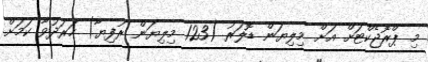
މި ޕްރޮޖެކްޓަށް އަށް މިލިޔަން ޑޮލަރު (123 މިލިޔަން ރުފިޔާ) ހަރަދުވާ ކަމަށް